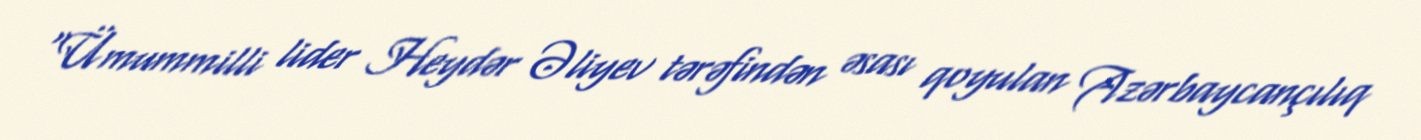
“Ümummilli lider Heydər Əliyev tərəfindən əsası qoyulan Azərbaycançılıq